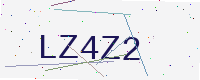
Text: LZ4Z2